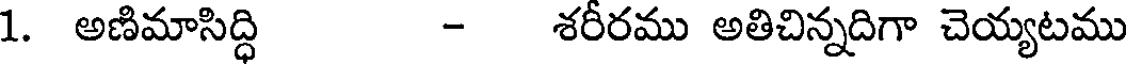
1. అణిమాసిద్ధి - శరీరము అతిచిన్నదిగా చెయ్యటము